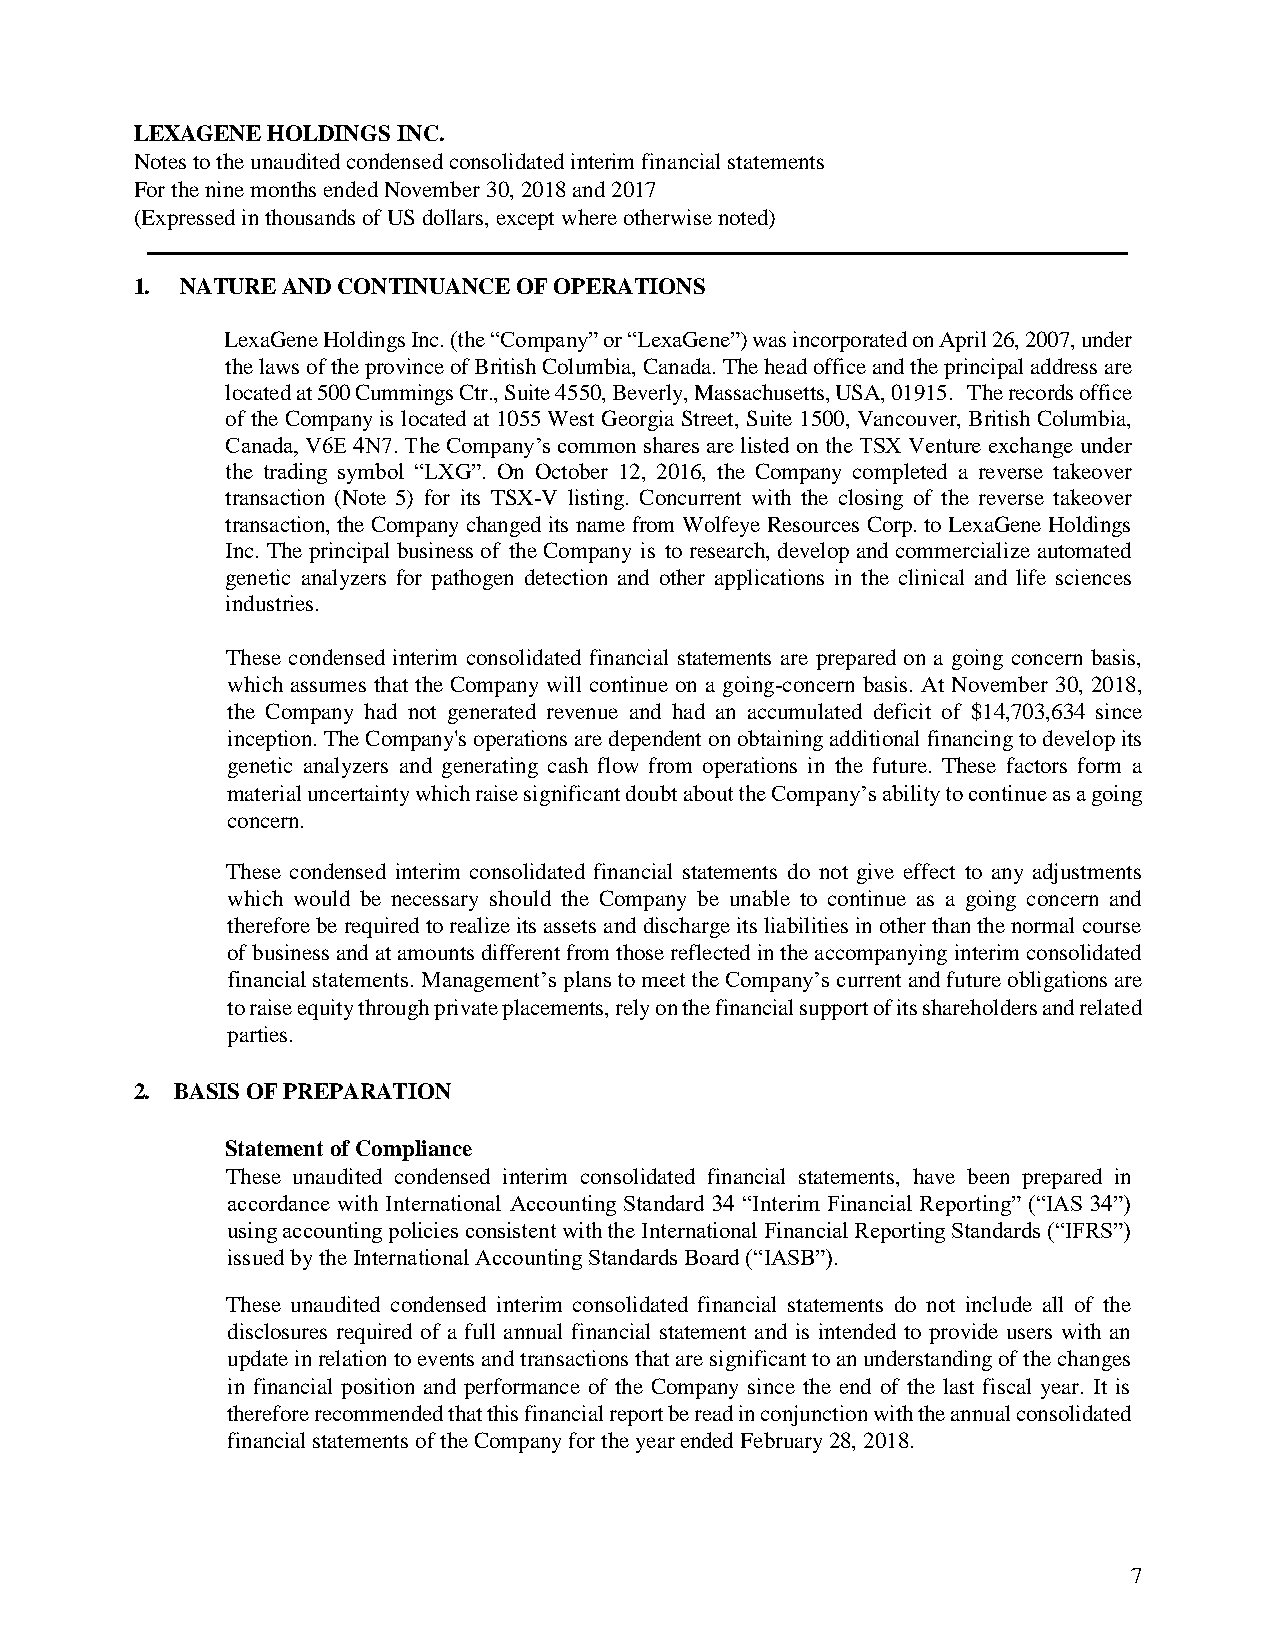
LEXAGENE HOLDINGS INC.
 Notes to the unaudited condensed consolidated interim financial statements
 For the nine months ended November 30, 2018 and 2017
 (Expressed in thousands of US dollars, except where otherwise noted)
 1. NATURE AND CONTINUANCE OF OPERATIONS
 LexaGene Holdings Inc. (the “Company” or “LexaGene”) was incorporated on April 26, 2007, under
 the laws of the province of British Columbia, Canada. The head office and the principal address are
 located at 500 Cummings Ctr., Suite 4550, Beverly, Massachusetts, USA, 01915. The records office
 of the Company is located at 1055 West Georgia Street, Suite 1500, Vancouver, British Columbia,
 Canada, V6E 4N7. The Company’s common shares are listed on the TSX Venture exchange under
 the trading symbol “LXG”. On October 12, 2016, the Company completed a reverse takeover
 transaction (Note 5) for its TSX-V listing. Concurrent with the closing of the reverse takeover
 transaction, the Company changed its name from Wolfeye Resources Corp. to LexaGene Holdings
 Inc. The principal business of the Company is to research, develop and commercialize automated
 genetic analyzers for pathogen detection and other applications in the clinical and life sciences
 industries.
 These condensed interim consolidated financial statements are prepared on a going concern basis,
 which assumes that the Company will continue on a going-concern basis. At November 30, 2018,
 the Company had not generated revenue and had an accumulated deficit of $14,703,634 since
 inception. The Company's operations are dependent on obtaining additional financing to develop its
 genetic analyzers and generating cash flow from operations in the future. These factors form a
 material uncertainty which raise significant doubt about the Company’s ability to continue as a going
 concern.
 These condensed interim consolidated financial statements do not give effect to any adjustments
 which would be necessary should the Company be unable to continue as a going concern and
 therefore be required to realize its assets and discharge its liabilities in other than the normal course
 of business and at amounts different from those reflected in the accompanying interim consolidated
 financial statements. Management’s plans to meet the Company’s current and future obligations are
 to raise equity through private placements, rely on the financial support of its shareholders and related
 parties.
 2. BASIS OF PREPARATION
 Statement of Compliance
 These unaudited condensed interim consolidated financial statements, have been prepared in
 accordance with International Accounting Standard 34 “Interim Financial Reporting” (“IAS 34”)
 using accounting policies consistent with the International Financial Reporting Standards (“IFRS”)
 issued by the International Accounting Standards Board (“IASB”).
 These unaudited condensed interim consolidated financial statements do not include all of the
 disclosures required of a full annual financial statement and is intended to provide users with an
 update in relation to events and transactions that are significant to an understanding of the changes
 in financial position and performance of the Company since the end of the last fiscal year. It is
 therefore recommended that this financial report be read in conjunction with the annual consolidated
 financial statements of the Company for the year ended February 28, 2018.
 7